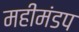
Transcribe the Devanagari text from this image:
महीमंडप